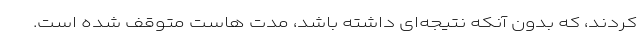
کردند، که بدون آنکه نتیجه‌ای داشته باشد، مدت هاست متوقف شده است.